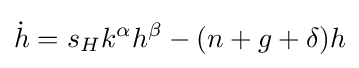
{\dot {h}}=s_{H}k^{\alpha }h^{\beta }-(n+g+\delta )h